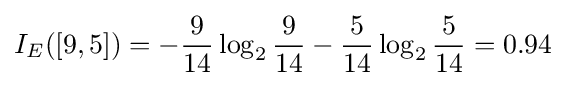
I_{E}([9,5])=-{\frac {9}{14}}\log _{2}{\frac {9}{14}}-{\frac {5}{14}}\log _{2}{\frac {5}{14}}=0.94